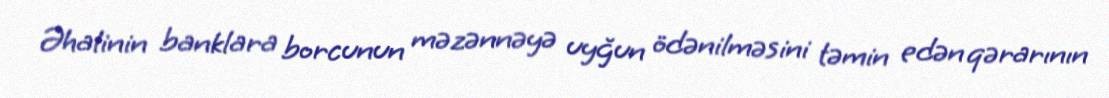
Əhalinin banklara borcunun məzənnəyə uyğun ödənilməsini təmin edən qərarının